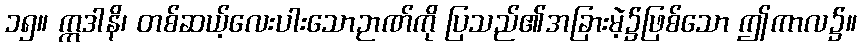
၁၅။ ဣဒါနိ၊ တစ်ဆယ့်လေးပါးသောဉာဏ်ကို ပြသည်၏အခြားမဲ့၌ဖြစ်သော ဤကာလ၌။